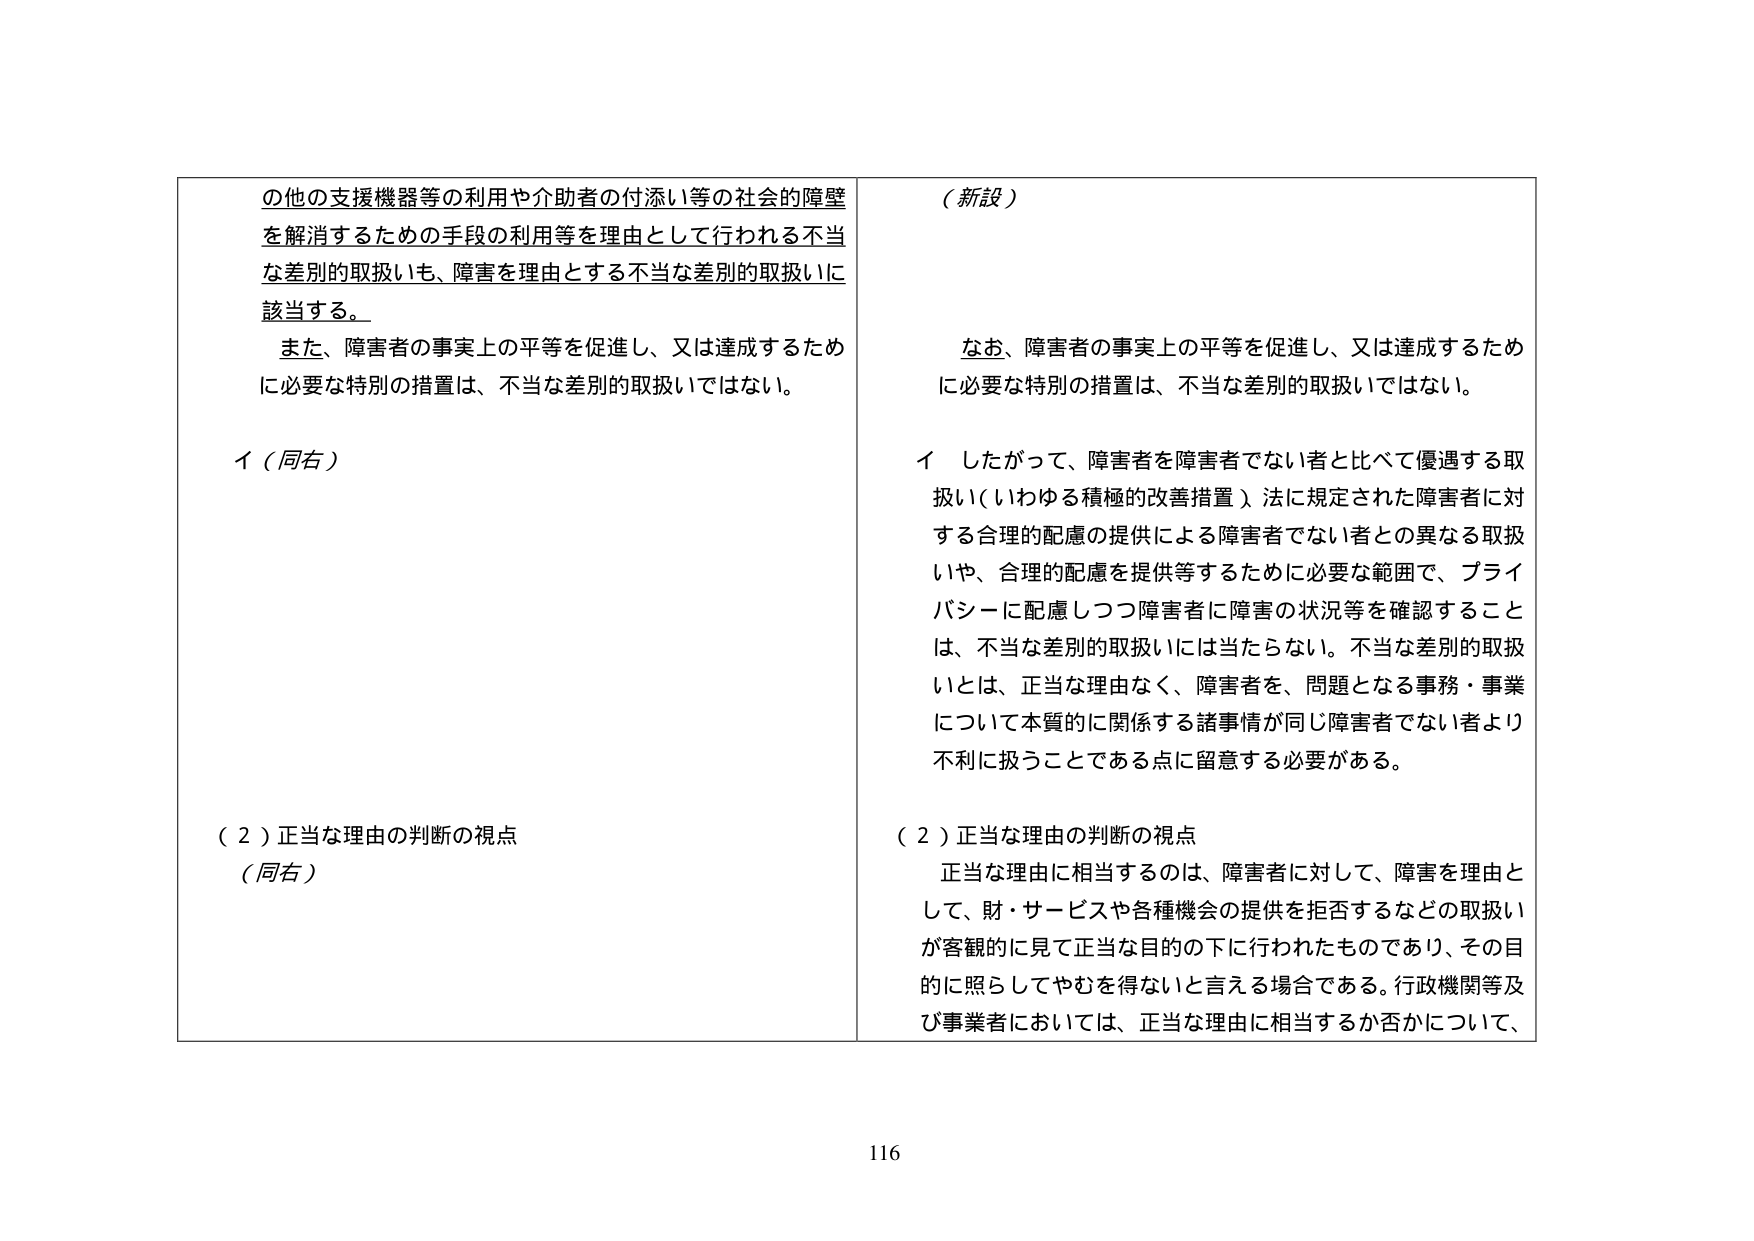
の他の支援機器等の利用や介助者の付添い等の社会的障壁
を解消するための手段の利用等を理由として行われる不当
な差別的取扱いも、障害を理由とする不当な差別的取扱いに
該当する。

また、障害者の事実上の平等を促進し、又は達成するため
に必要な特別の措置は、不当な差別的取扱いではない。

イ（同右）

（２）正当な理由の判断の視点
（同右）

（新設）

なお、障害者の事実上の平等を促進し、又は達成するため
に必要な特別の措置は、不当な差別的取扱いではない。

イ　したがって、障害者を障害者でない者と比べて優遇する取
扱い（いわゆる積極的改善措置）法に規定された障害者に対
する合理的配慮の提供による障害者でない者との異なる取扱
いや、合理的配慮を提供等するために必要な範囲で、プライ
バシーに配慮しつつ障害者に障害の状況等を確認すること
は、不当な差別的取扱いには当たらない。不当な差別的取扱
いとは、正当な理由なく、障害者を、問題となる事務・事業
について本質的に関係する諸事情が同じ障害者でない者より
不利に扱うことである点に留意する必要がある。

（２）正当な理由の判断の視点
正当な理由に相当するのは、障害者に対して、障害を理由と
して、財・サービスや各種機会の提供を拒否するなどの取扱い
が客観的に見て正当な目的の下に行われたものであり、その目
的に照らしてやむを得ないと言える場合である。行政機関等及
び事業者においては、正当な理由に相当するか否かについて、

116